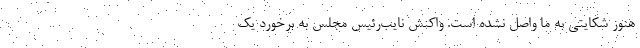
هنوز شکایتی به ما واصل نشده است. واکنش نایب‌رئیس مجلس به برخورد یک